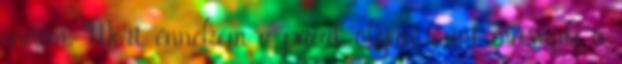
enném. Mert énnekem a pacal olyan, mint másnak a